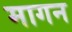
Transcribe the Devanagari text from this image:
मागन